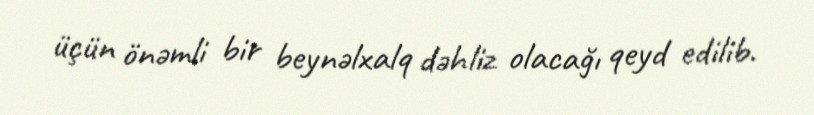
üçün önəmli bir beynəlxalq dəhliz olacağı qeyd edilib.